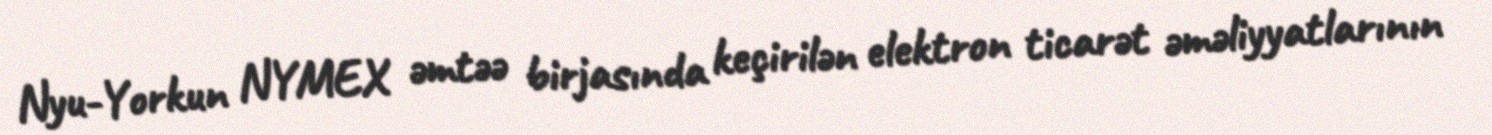
Nyu-Yorkun NYMEX əmtəə birjasında keçirilən elektron ticarət əməliyyatlarının